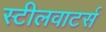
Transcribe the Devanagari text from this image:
स्टीलवाटर्स